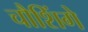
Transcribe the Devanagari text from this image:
चौशिंगे